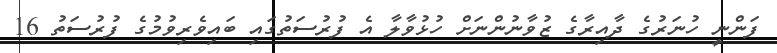
ފަންނީ ހުނަރުގެ ދާއިރާގެ ޒުވާނުންނަށް ހުޅުވާލާ އެ ފުރުސަތުގައި ބައިވެރިވުމުގެ ފުރުސަތު 16